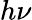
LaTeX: h\nu